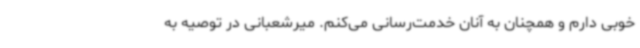
خوبی دارم و همچنان به آنان خدمت‌رسانی می‌کنم. میرشعبانی در توصیه به